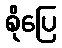
စိုပြေ